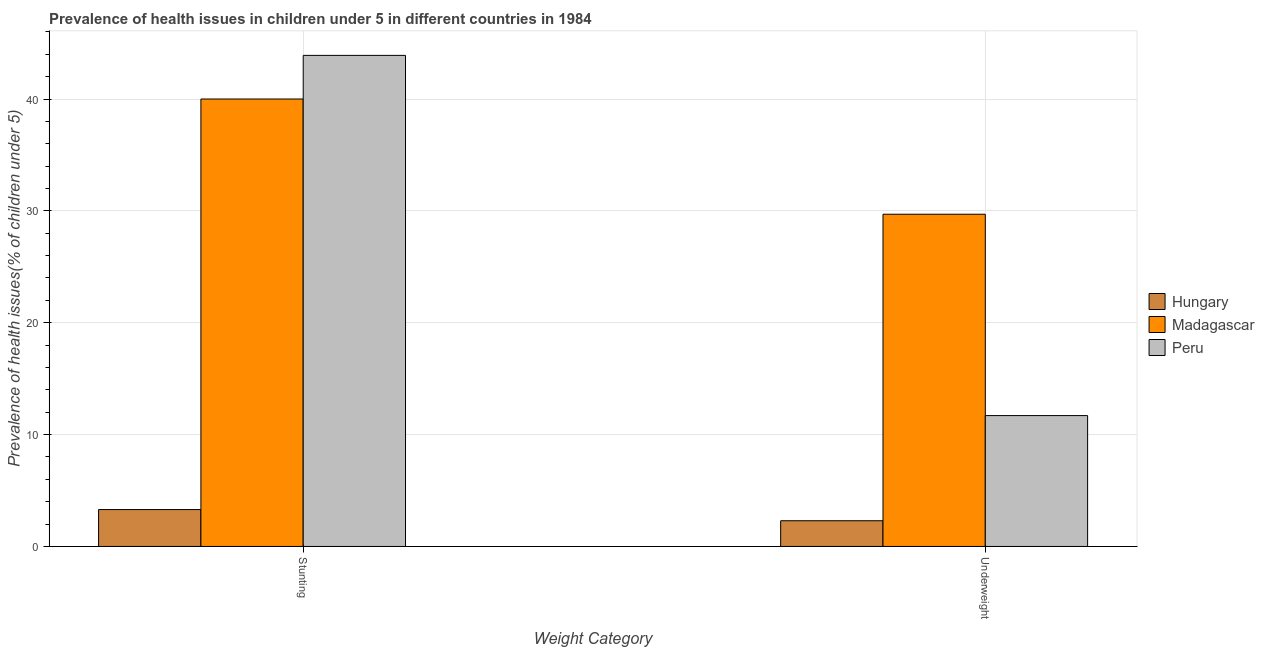
| Weight Category | Hungary | Madagascar | Peru |
 | --- | --- | --- | --- |
 | Stunting | 3.3 | 40 | 43.9 |
 | Underweight | 2.3 | 29.7 | 11.7 |